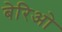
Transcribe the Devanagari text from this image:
बेरिओ